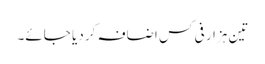
تین ہزار فی کس اضافہ کر دیا جائے۔